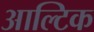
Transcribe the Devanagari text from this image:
आल्टिक